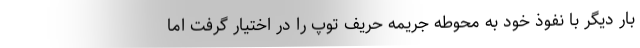
بار دیگر با نفوذ خود به محوطه جریمه حریف توپ را در اختیار گرفت اما